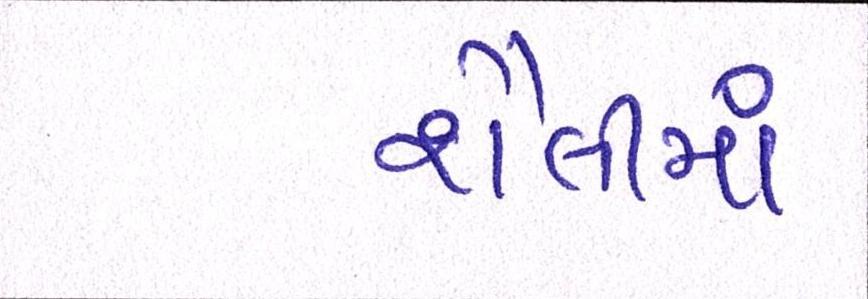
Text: શૈલીમાં